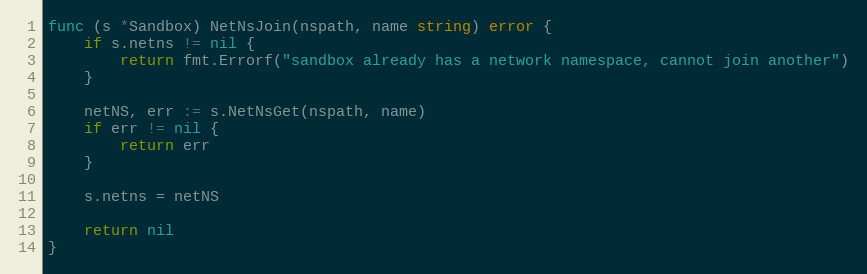
Language: Go
func (s *Sandbox) NetNsJoin(nspath, name string) error {
	if s.netns != nil {
		return fmt.Errorf("sandbox already has a network namespace, cannot join another")
	}

	netNS, err := s.NetNsGet(nspath, name)
	if err != nil {
		return err
	}

	s.netns = netNS

	return nil
}